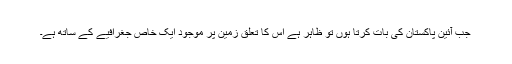
جب آئینِ پاکستان کی بات کرتا ہوں تو ظاہر ہے اس کا تعلق زمین پر موجود ایک خاص جغرافیے کے ساتھ ہے۔